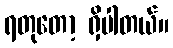
ရတုတော့ ရှိပါတယ်။